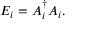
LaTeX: E _ { i } = A _ { i } ^ { \dagger } A _ { i } .